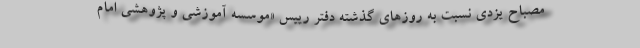
مصباح یزدی نسبت به روزهای گذشته دفتر رییس «موسسه آموزشی و پژوهشی امام